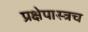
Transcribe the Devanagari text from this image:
प्रक्षेपास्त्रच